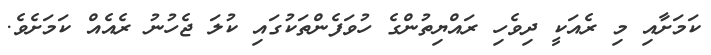
ކަމަށާއި މި ރެއަކީ ދިވެހި ރައްޔިތުންގެ ހުވަފެންތަކުގައި ކުލަ ޖެހުނު ރެއެއް ކަމަށެވެ.